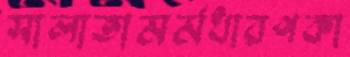
সালাতামর্মধারণকা